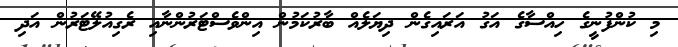
މި ކުންފުނީގެ ހިއްސާގެ އަގު އަރައިގެން ދިޔަލެއް ބާރުކަމުން އިންވެސްޓަރުންނާއި ރެގިއުލޭޓަރުން އަދި